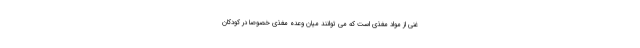
غنی از مواد مغذی است که می توانند میان وعده مغذی خصوصا در کودکان